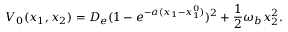
V _ { 0 } ( x _ { 1 } , x _ { 2 } ) = D _ { e } ( 1 - e ^ { - a ( x _ { 1 } - x _ { 1 } ^ { 0 } ) } ) ^ { 2 } + \frac { 1 } { 2 } \omega _ { b } x _ { 2 } ^ { 2 } .